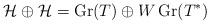
LaTeX: \begin{align*}\mathcal{H}\oplus\mathcal{H}=\operatorname{Gr}(T)\oplus W\operatorname{Gr}(T^*)\end{align*}